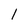
Character: I